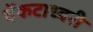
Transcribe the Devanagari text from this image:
वेंकटाध्वरी